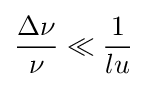
{\frac {\Delta \nu }{\nu }}\ll {\frac {1}{lu}}